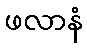
ဖလာနံ